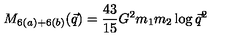
M _ { 6 ( a ) + 6 ( b ) } ( \vec { q } ) = { \frac { 4 3 } { 1 5 } } G ^ { 2 } m _ { 1 } m _ { 2 } \log \vec { q } ^ { 2 }